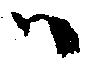
ハ